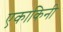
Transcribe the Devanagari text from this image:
एकाकिनी